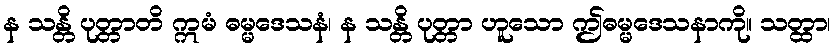
န သန္တိ ပုတ္တာတိ ဣမံ ဓမ္မဒေသနံ၊ န သန္တိ ပုတ္တာ ဟူသော ဤဓမ္မဒေသနာကို။ သတ္ထာ၊